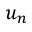
u _ { n }